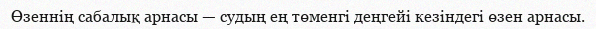
Өзеннің сабалық арнасы — судың ең төменгі деңгейі кезіндегі өзен арнасы.